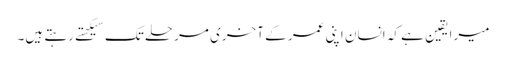
میرا یقین ہے کہ انسان اپنی عمر کے آخری مرحلے تک سیکهتے رہتے ہیں۔